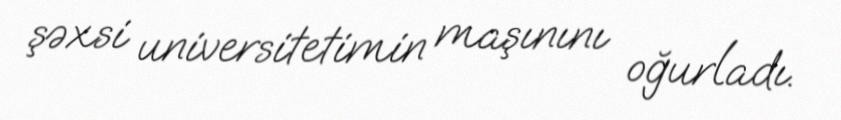
şəxsi universitetimin maşınını oğurladı.